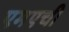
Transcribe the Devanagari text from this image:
एमएची